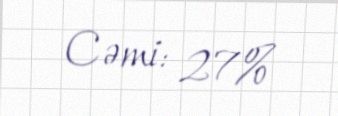
Cəmi: 27%